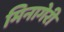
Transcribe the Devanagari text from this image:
मिनागेरी